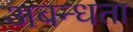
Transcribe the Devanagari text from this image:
अबन्धता